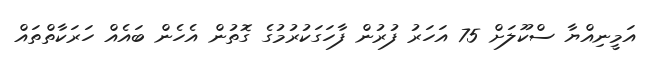
އަމީނިއްޔާ ސްކޫލަށް 75 އަހަރު ފުރުން ފާހަގަކުރުމުގެ ގޮތުން އެހެން ބައެއް ހަރަކާތްތައް